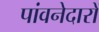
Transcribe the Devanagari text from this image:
पांवनेदारों